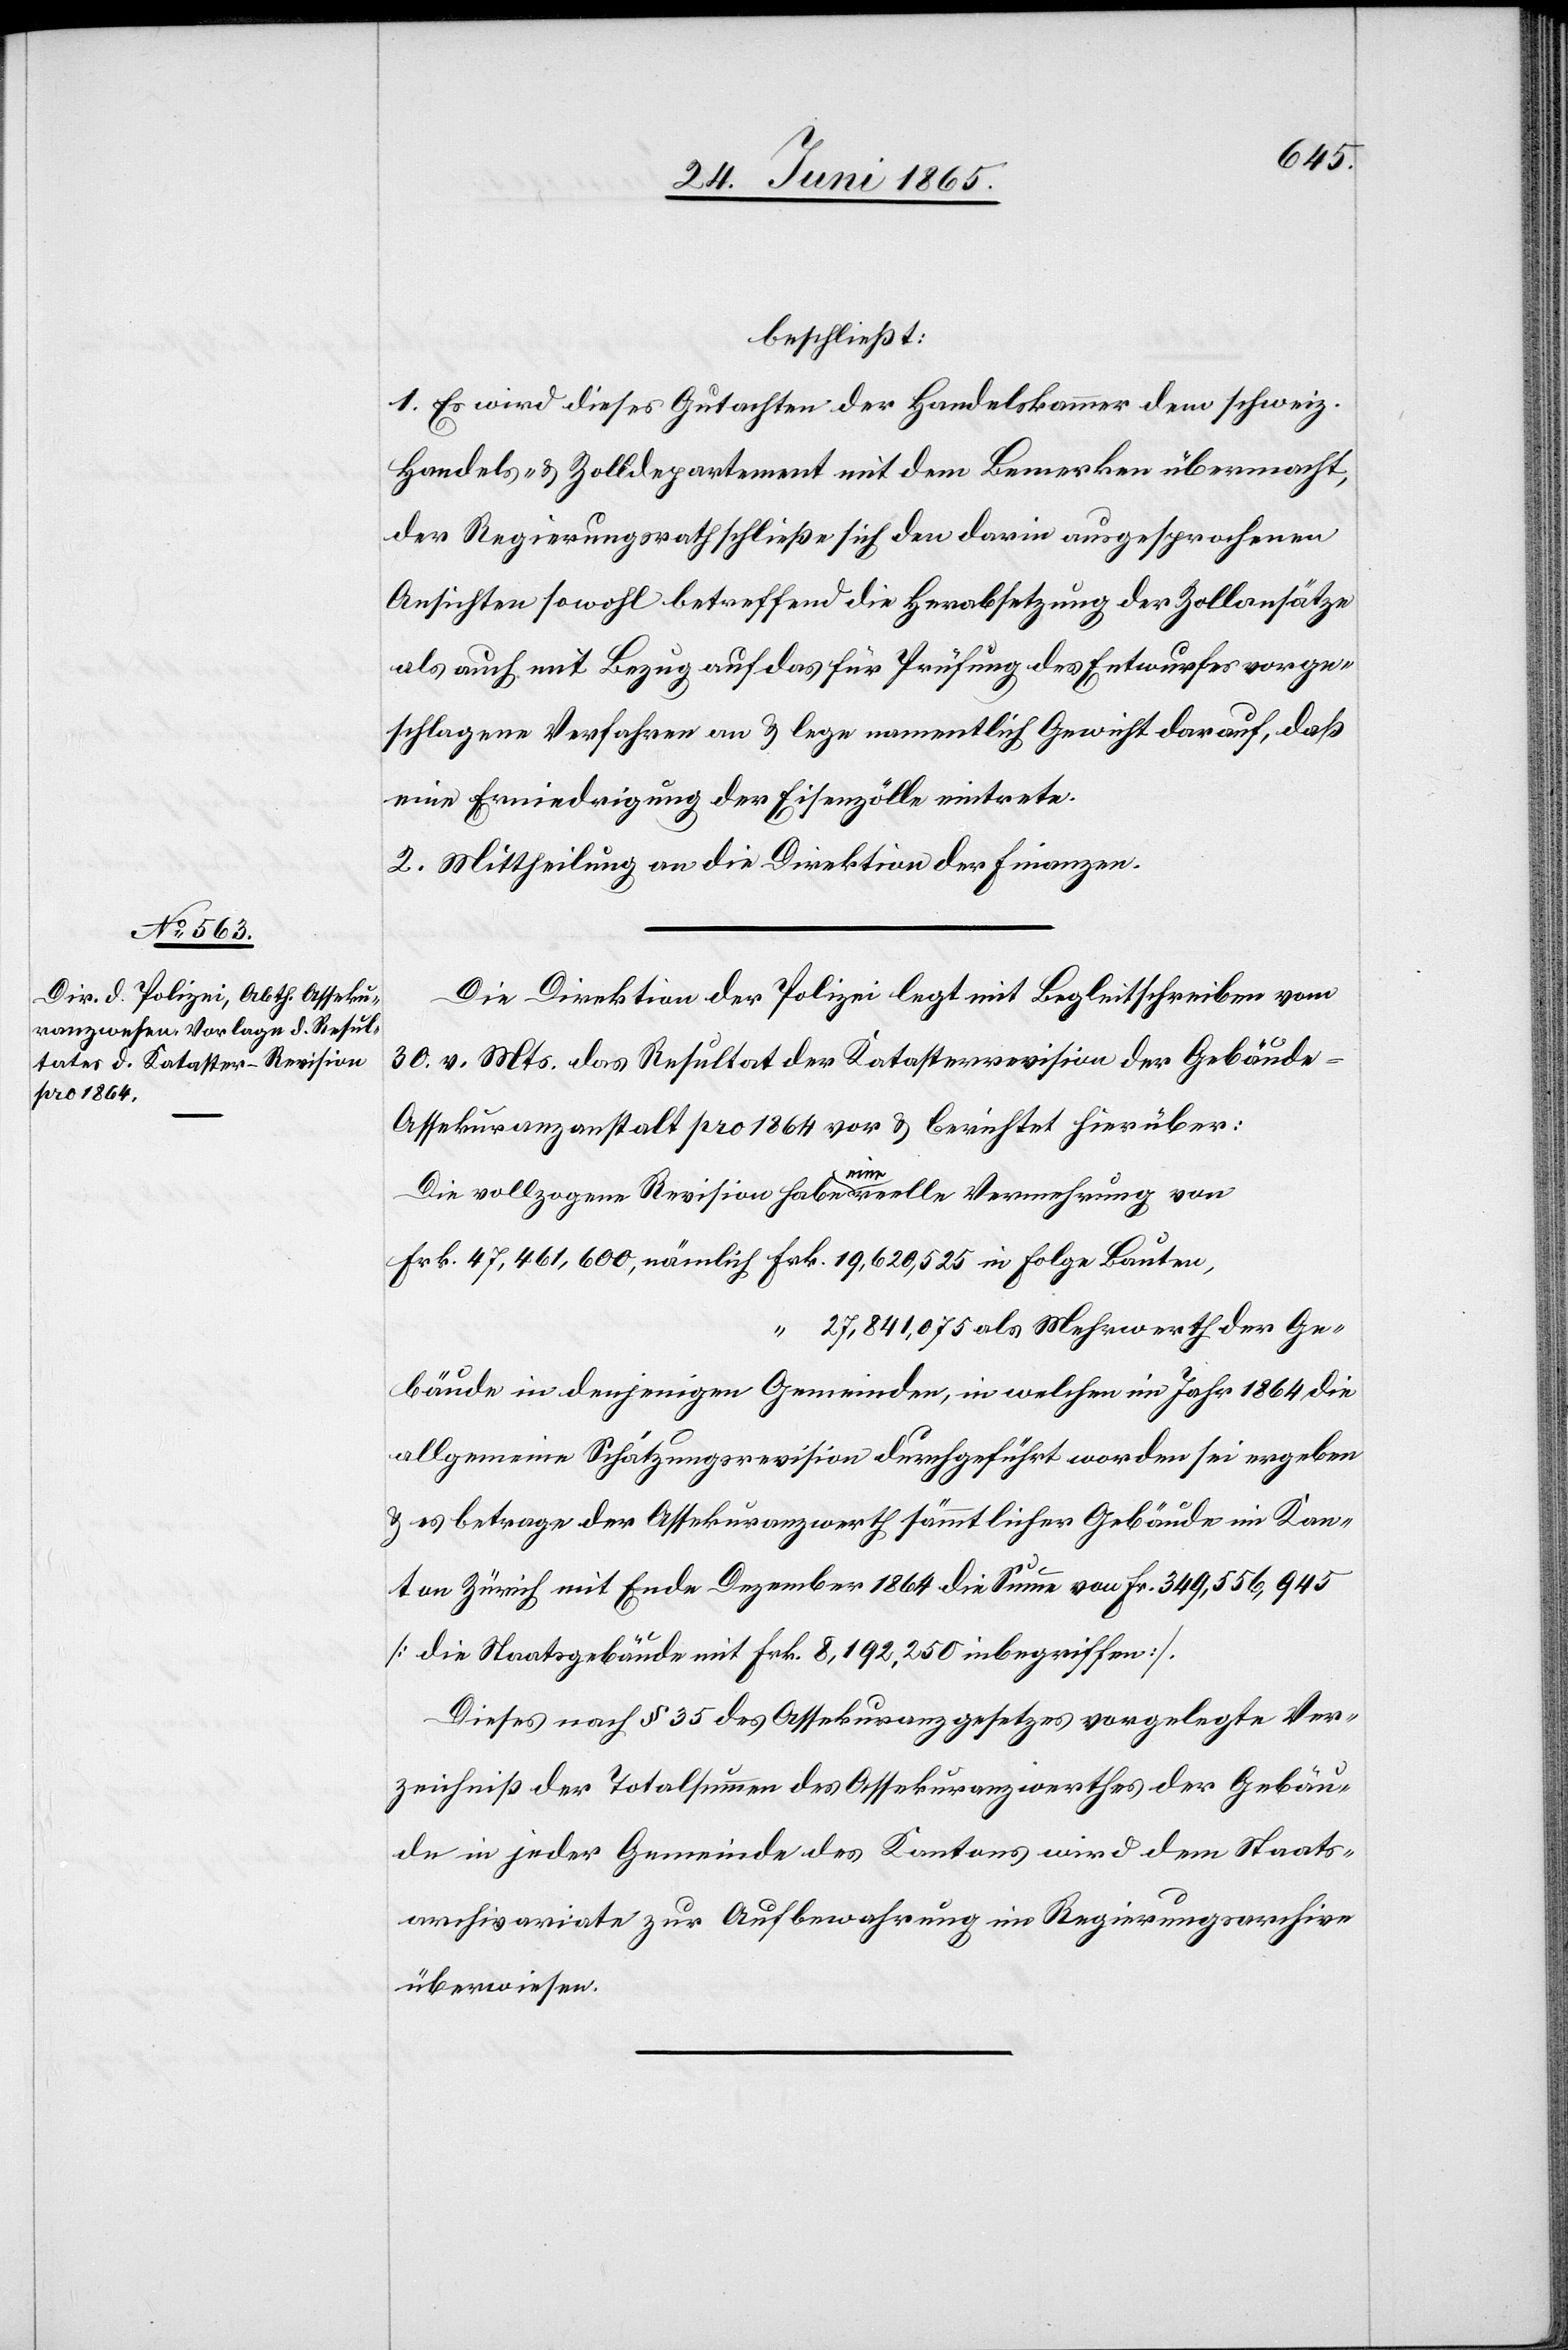
beschließt:
1. Es wird dieses Gutachten der Handelskammer dem schweiz.
Handels- & Zolldepartement mit dem Bemerken übermacht,
der Regierungsrath schließe sich den darin ausgesprochenen
Ansichten sowohl betreffend die Herabsetzung der Zollansätze
als auch mit Bezug auf das für Prüfung des Entwurfes vorge¬
schlagene Verfahren an & lege namentlich Gewicht darauf, daß
eine Erniedrigung der Eisenzölle eintrete.
2. Mittheilung an die Direktion der Finanzen.
Die Direktion der Polizei legt mit Begleitschreiben vom
30. v. Mts. das Resultat der Katasterrevision der Gebäude-A¬
ssekuranzanstalt pro 1864 vor & berichtet hierüber:
Die vollzogene Revision habe eine reelle Vermehrung von
27,841,075 als Mehrwerth der Ge¬
bäude in denjenigen Gemeinden, in welchen im Jahr 1864 die
allgemeine Schätzungsrevision durchgeführt worden sei ergeben
& es betrage der Assekuranzwerth sämmtlicher Gebäude im Kan¬
ton Zürich mit Ende Dezember 1864 die Summe von Fr. 349,556,945
[die Staatsgebäude mit Frk. 8,192,250 inbegriffen]
Dieses nach § 35 des Assekuranzgesetzes vorgelegte Ver¬
zeichniß der Totalsummen des Assekuranzwerthes der Gebäu¬
de in jeder Gemeinde des Kantons wird dem Staats¬
archivariate zur Aufbewahrung im Regierungsarchive
überwiesen.